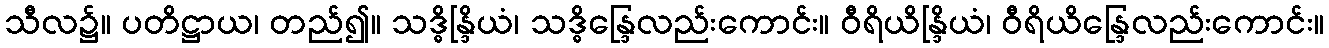
သီလ၌။ ပတိဋ္ဌာယ၊ တည်၍။ သဒ္ဓိန္ဒြိယံ၊ သဒ္ဓိန္ဒြေလည်းကောင်း။ ဝီရိယိန္ဒြိယံ၊ ဝီရိယိန္ဒြေလည်းကောင်း။